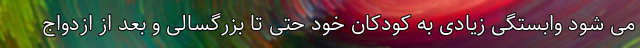
می شود وابستگی زیادی به کودکان خود حتی تا بزرگسالی و بعد از ازدواج